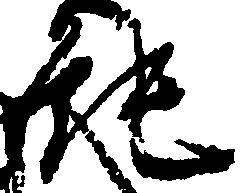
純